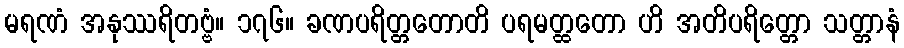
မရဏံ အနုဿရိတဗ္ဗံ။ ၁၇၆။ ခဏပရိတ္တတောတိ ပရမတ္ထတော ဟိ အတိပရိတ္တော သတ္တာနံ